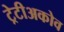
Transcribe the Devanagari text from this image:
ट्रेटीअकोव